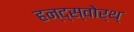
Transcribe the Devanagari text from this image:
हन्द्स्वोर्थ्